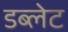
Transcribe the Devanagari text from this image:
डब्लेट